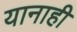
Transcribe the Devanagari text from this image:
यानाही